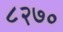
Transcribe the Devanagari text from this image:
८२७०